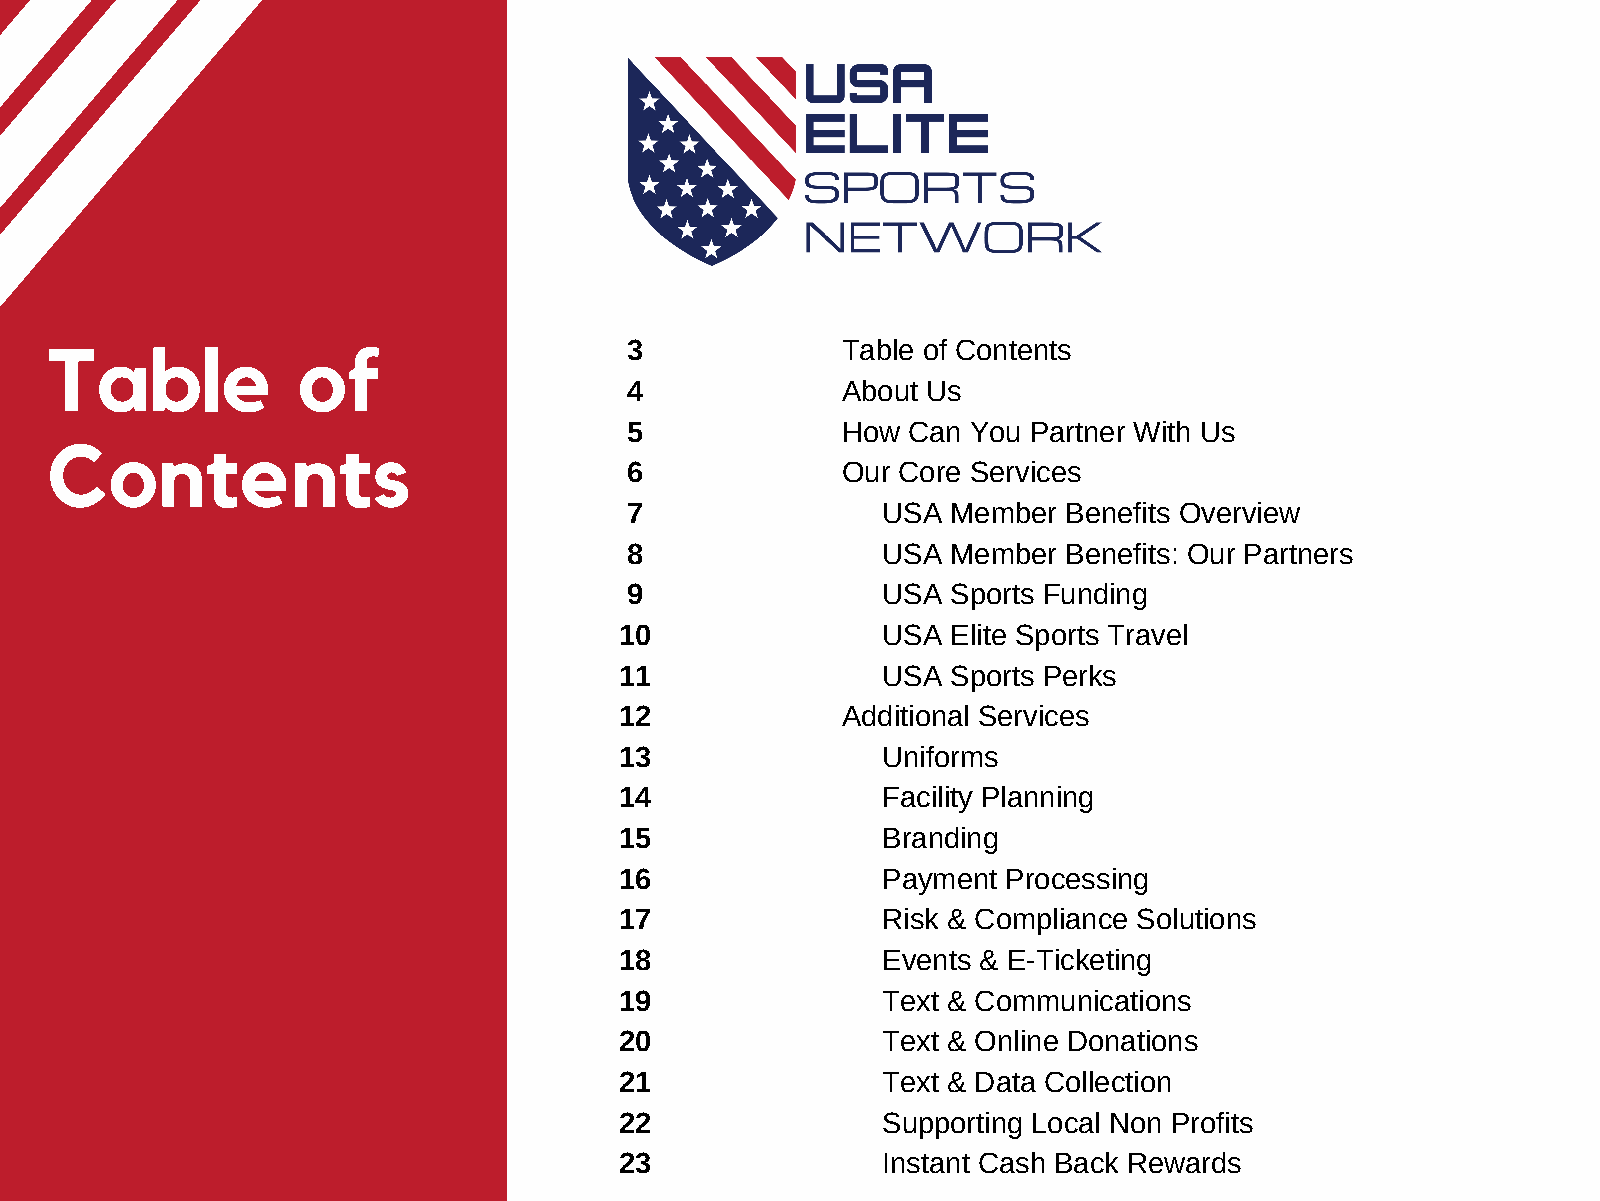
Table            of                    3             Table of Contents
 4             About Us
 5             How Can You Partner With Us
 Contents
 6             Our Core Services
 7               USA  Member  Benefits Overview
 8               USA  Member  Benefits: Our Partners
 9               USA  Sports Funding
 10               USA  Elite Sports Travel
 11               USA  Sports Perks
 12             Additional Services
 13               Uniforms
 14               Facility Planning
 15               Branding
 16               Payment  Processing
 17               Risk & Compliance Solutions
 18               Events & E-Ticketing
 19               Text & Communications
 20               Text & Online Donations
 21               Text & Data Collection
 22               Supporting Local Non Profits
 23               Instant Cash Back Rewards